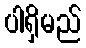
ပါရှိမည်